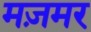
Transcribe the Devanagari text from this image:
मज़मर